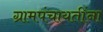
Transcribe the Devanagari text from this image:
ग्रामपंचायतींना